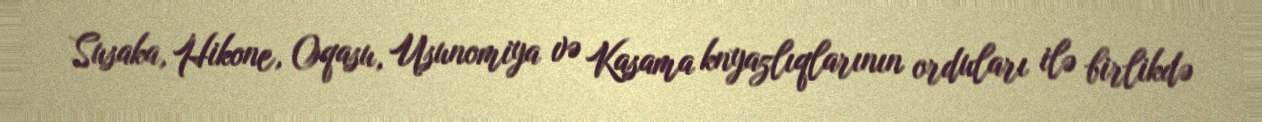
Susaka, Hikone, Oqasu, Usunomiya və Kasama knyazlıqlarının orduları ilə birlikdə